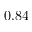
0 . 8 4